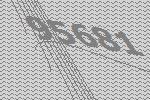
95681